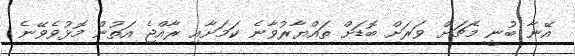
އޭނާ ބުނީ މެޗަށް ވަރަށް ބޮޑަށް ތައްޔާރުވާނެ ކަމަށާއި ރާއްޖެ އަތުން މޮޅުވެވޭނެ